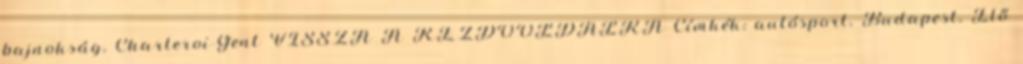
bajnokság, Charleroi-Gent VISSZA A KEZDŐOLDALRA Címkék: autósport, Budapest, Élő